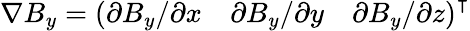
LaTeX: \nabla B_{y}=\left(\partial B_{y}/\partial x\quad\partial B_{y}/\partial y\quad\partial B_{y}/\partial z\right)^{\intercal}